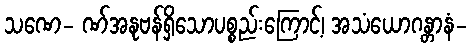
သဏေ- ဏ်အနုဗန်ရှိသောပစ္စည်းကြောင့်၊ အသံယောဂန္တာနံ-